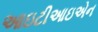
આઇટીઆઇએન